Indian journal of veterinary science and animal husbandry - Volume 12,
Year: 1942
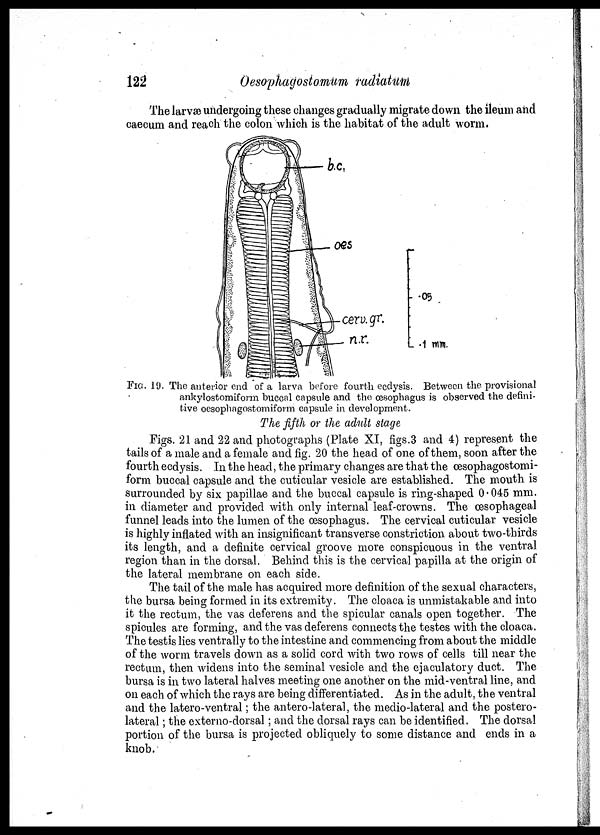
122
Oesophagostomum radiatum
The larvæ undergoing these changes gradually migrate down the ileum and
caecum and reach the colon which is the habitat of the adult worm.
FIG. 19. The anterior end of a larva before fourth ecdysis. Between the provisional
ankylostomiform buccal capsule and the œsophagus is observed the defini-
tive oesophagostomiform capsule in development.
The fifth or the adult stage
Figs. 21 and 22 and photographs (Plate XI, figs.3 and 4) represent the
tails of a male and a female and fig. 20 the head of one of them, soon after the
fourth ecdysis. In the head, the primary changes are that the œsophagostomi¬
form buccal capsule and the cuticular vesicle are established. The mouth is
surrounded by six papillae and the buccal capsule is ring-shaped 0.045 mm.
in diameter and provided with only internal leaf-crowns. The œsophageal
funnel leads into the lumen of the œsophagus. The cervical cuticular vesicle
is highly inflated with an insignificant transverse constriction about two-thirds
its length, and a definite cervical groove more conspicuous in the ventral
region than in the dorsal. Behind this is the cervical papilla at the origin of
the lateral membrane on each side.
The tail of the male has acquired more definition of the sexual characters,
the bursa being formed in its extremity. The cloaca is unmistakable and into
it the rectum, the vas deferens and the spicular canals open together. The
spicules are forming, and the vas deferens connects the testes with the cloaca.
The testis lies ventrally to the intestine and commencing from about the middle
of the worm travels down as a solid cord with two rows of cells till near the
rectum, then widens into the seminal vesicle and the ejaculatory duct. The
bursa is in two lateral halves meeting one another on the mid-ventral line, and
on each of which the rays are being differentiated. As in the adult, the ventral
and the latero-ventral; the antero-lateral, the medio-lateral and the postero-
lateral ; the externo-dorsal; and the dorsal rays can be identified. The dorsal
portion of the bursa is projected obliquely to some distance and ends in a
knob.